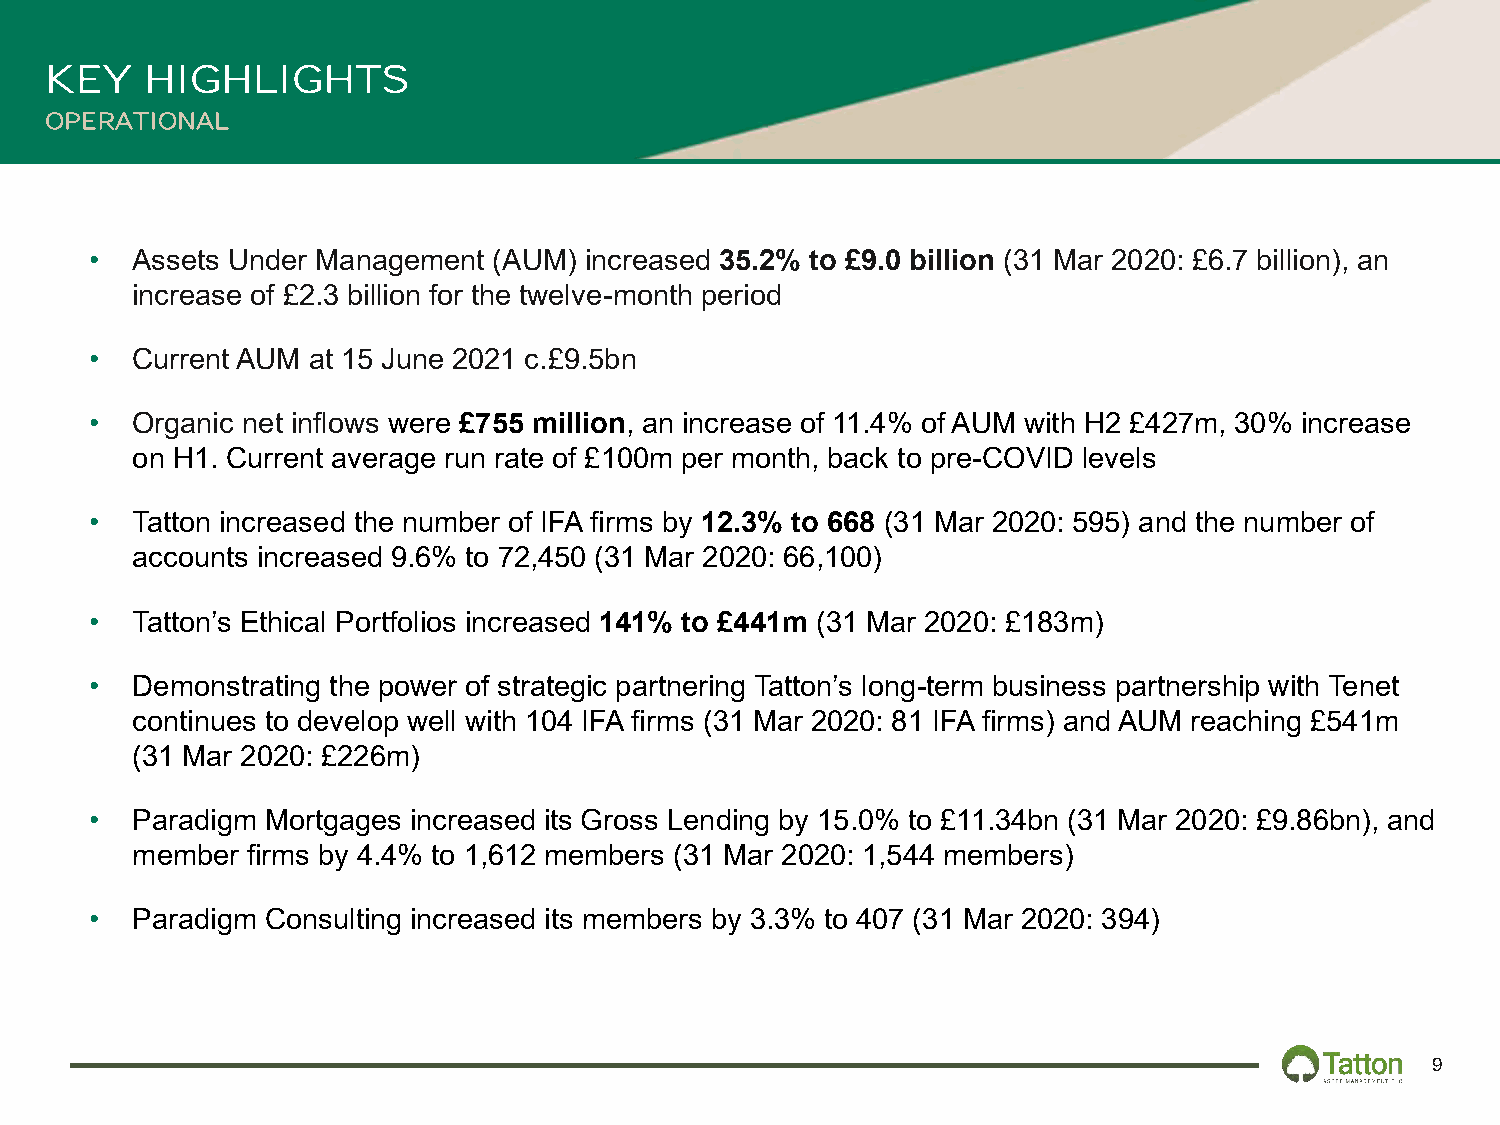
KEY    HIGHLIGHTS
 OPERATIONAL
 •  Assets Under Management (AUM) increased 35.2% to £9.0 billion (31 Mar 2020: £6.7 billion), an
 increase of £2.3 billion for the twelve-month period
 •  Current AUM at 15 June 2021 c.£9.5bn
 •  Organic net inflows were £755 million, an increase of 11.4% of AUM with H2 £427m, 30% increase
 on H1. Current average run rate of £100m per month, back to pre-COVID levels
 •  Tatton increased the number of IFA firms by 12.3% to 668 (31 Mar 2020: 595) and the number of
 accounts increased 9.6% to 72,450 (31 Mar 2020: 66,100)
 •  Tatton’s Ethical Portfolios increased 141% to £441m (31 Mar 2020: £183m)
 •  Demonstrating the power of strategic partnering Tatton’s long-term business partnership with Tenet
 continues to develop well with 104 IFA firms (31 Mar 2020: 81 IFA firms) and AUM reaching £541m
 (31 Mar 2020: £226m)
 •  Paradigm Mortgages increased its Gross Lending by 15.0% to £11.34bn (31 Mar 2020: £9.86bn), and
 member firms by 4.4% to 1,612 members (31 Mar 2020: 1,544 members)
 •  Paradigm Consulting increased its members by 3.3% to 407 (31 Mar 2020: 394)
 9